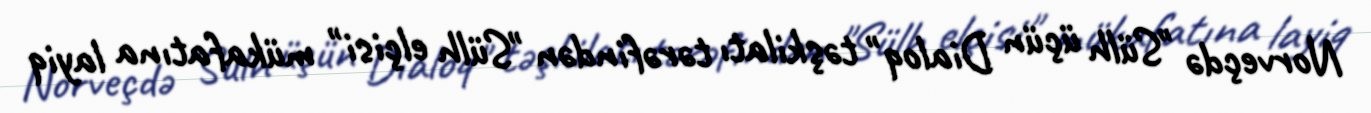
Norveçdə "Sülh üçün Dialoq" təşkilatı tərəfindən "Sülh elçisi" mükafatına layiq